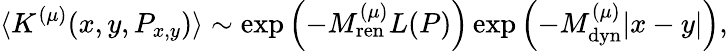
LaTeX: \langle K^{(\mu)}(x,y,P_{x,y})\rangle\sim\exp\left(-M_{\mathrm{ren}}^{(\mu)}L(P)\right)\exp\left(-M_{\mathrm{dyn}}^{(\mu)}|x-y|\right),